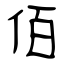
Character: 佰